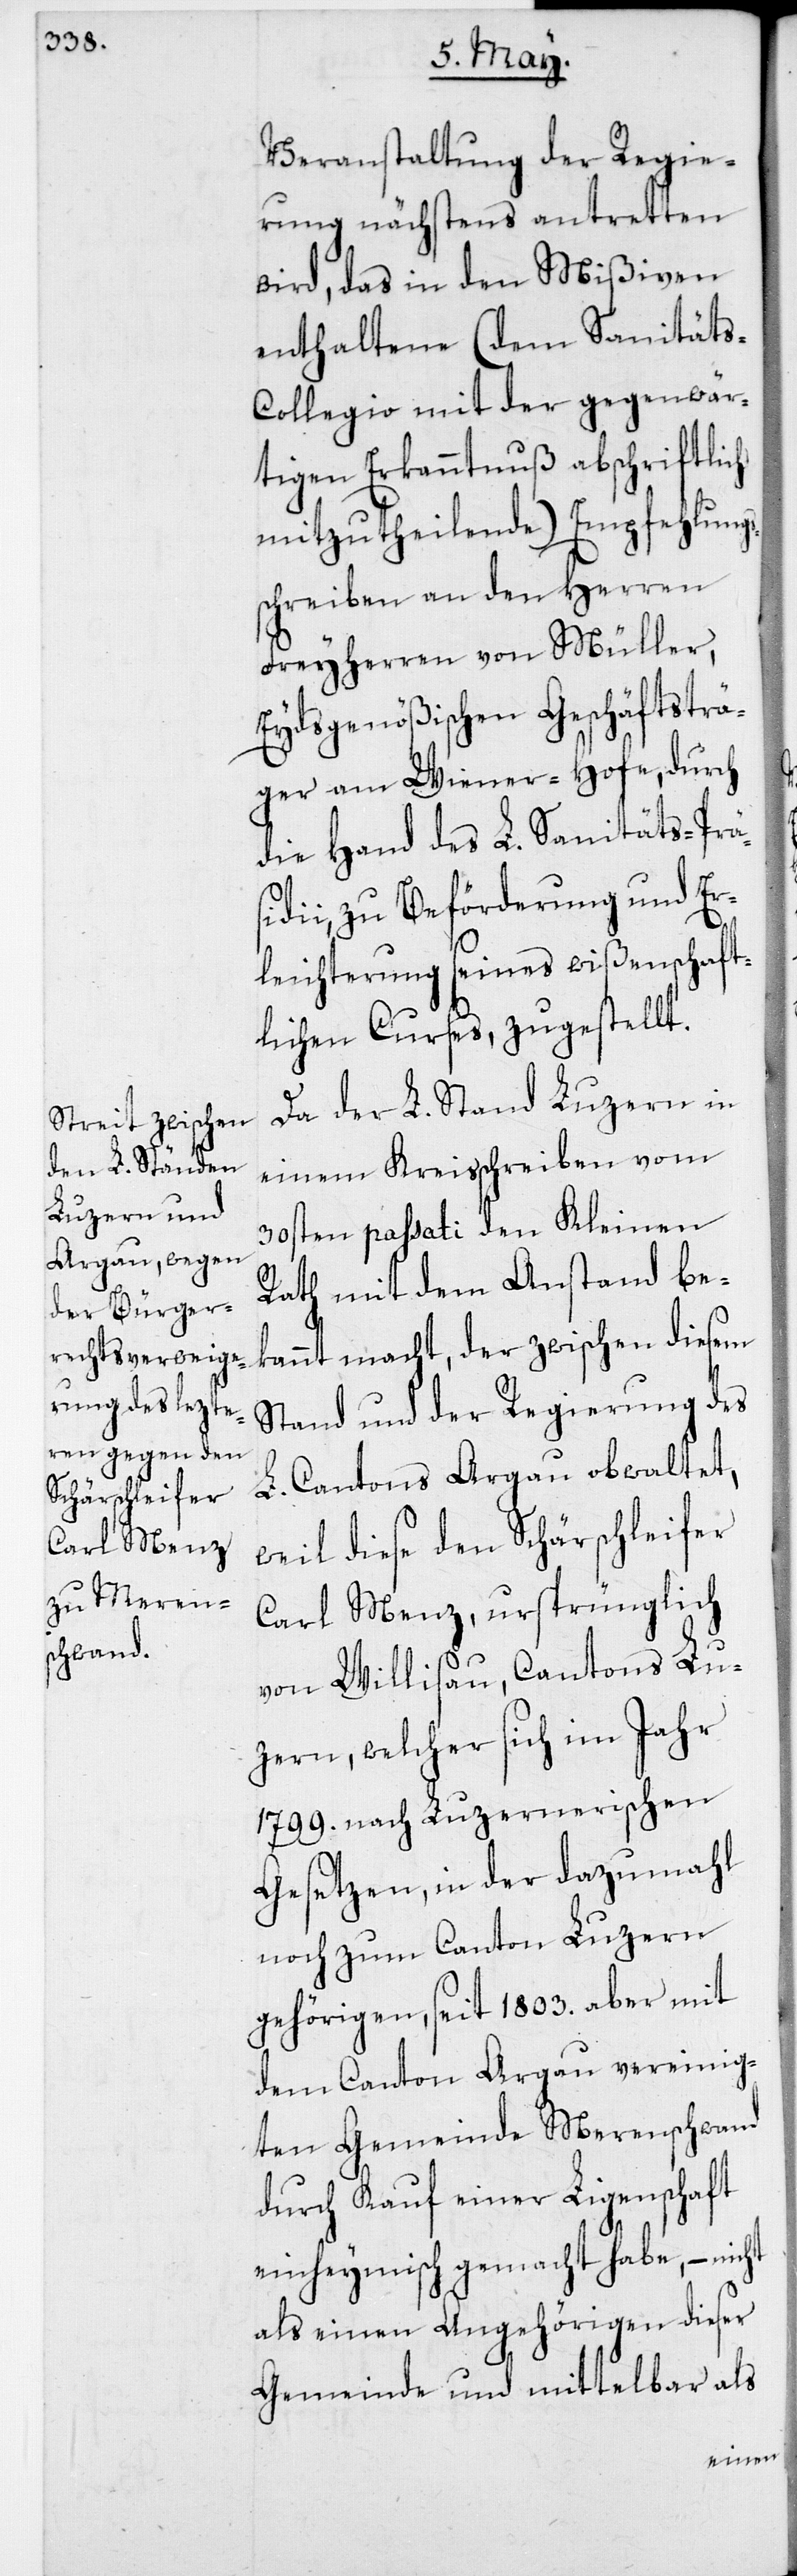
Veranstaltung der Regie¬
rung nächstens antretten
wird, das in den Mißiven
enthaltene (dem Sanität¬
s-Collegio mit der gegenwär¬
tigen Erkanntnuß abschriftlich
mitzutheilende) Empfehlungs¬
schreiben an den Herren
Freyherren von Müller,
Eydsgenößischen Geschäftsträ¬
ger am Wiener-Hofe, durch
die Hand des L. Sanitäts-Präs¬
idii, zu Beförderung und Er¬
leichterung seines wißenschaft¬
lichen Curses, zugestellt.
Da der L. Stand Luzern in
einem Kreisschreiben vom
30sten passati den Kleinen
Rath mit dem Anstand be¬
kannt macht, der zwischen diesem
Stand und der Regierung des
L. Cantons Argau obwaltet,
weil diese den Schärschleifer
Carl Menz, ursprünglich
von Willisau, Cantons Lu¬
zern, welcher sich im Jahr
1799. nach Luzernerischen
Gesetzen, in der dazumahl
noch zum Canton Luzern
gehörigen, seit 1803. aber mit
dem Canton Argau vereinig¬
ten Gemeinde Merenschwand
durch Kauf einer Ligenschaft
einheymisch gemacht habe, – nicht
als einen Angehörigen dieser
Gemeinde und mittelbar als